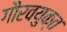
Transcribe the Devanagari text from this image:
गौरवयुक्त